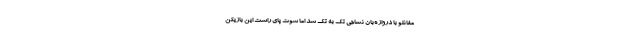
مغانلو با دروازه‌بان نساجی تک به تک شد اما شوت پای راست این بازیکن